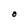
Character: O